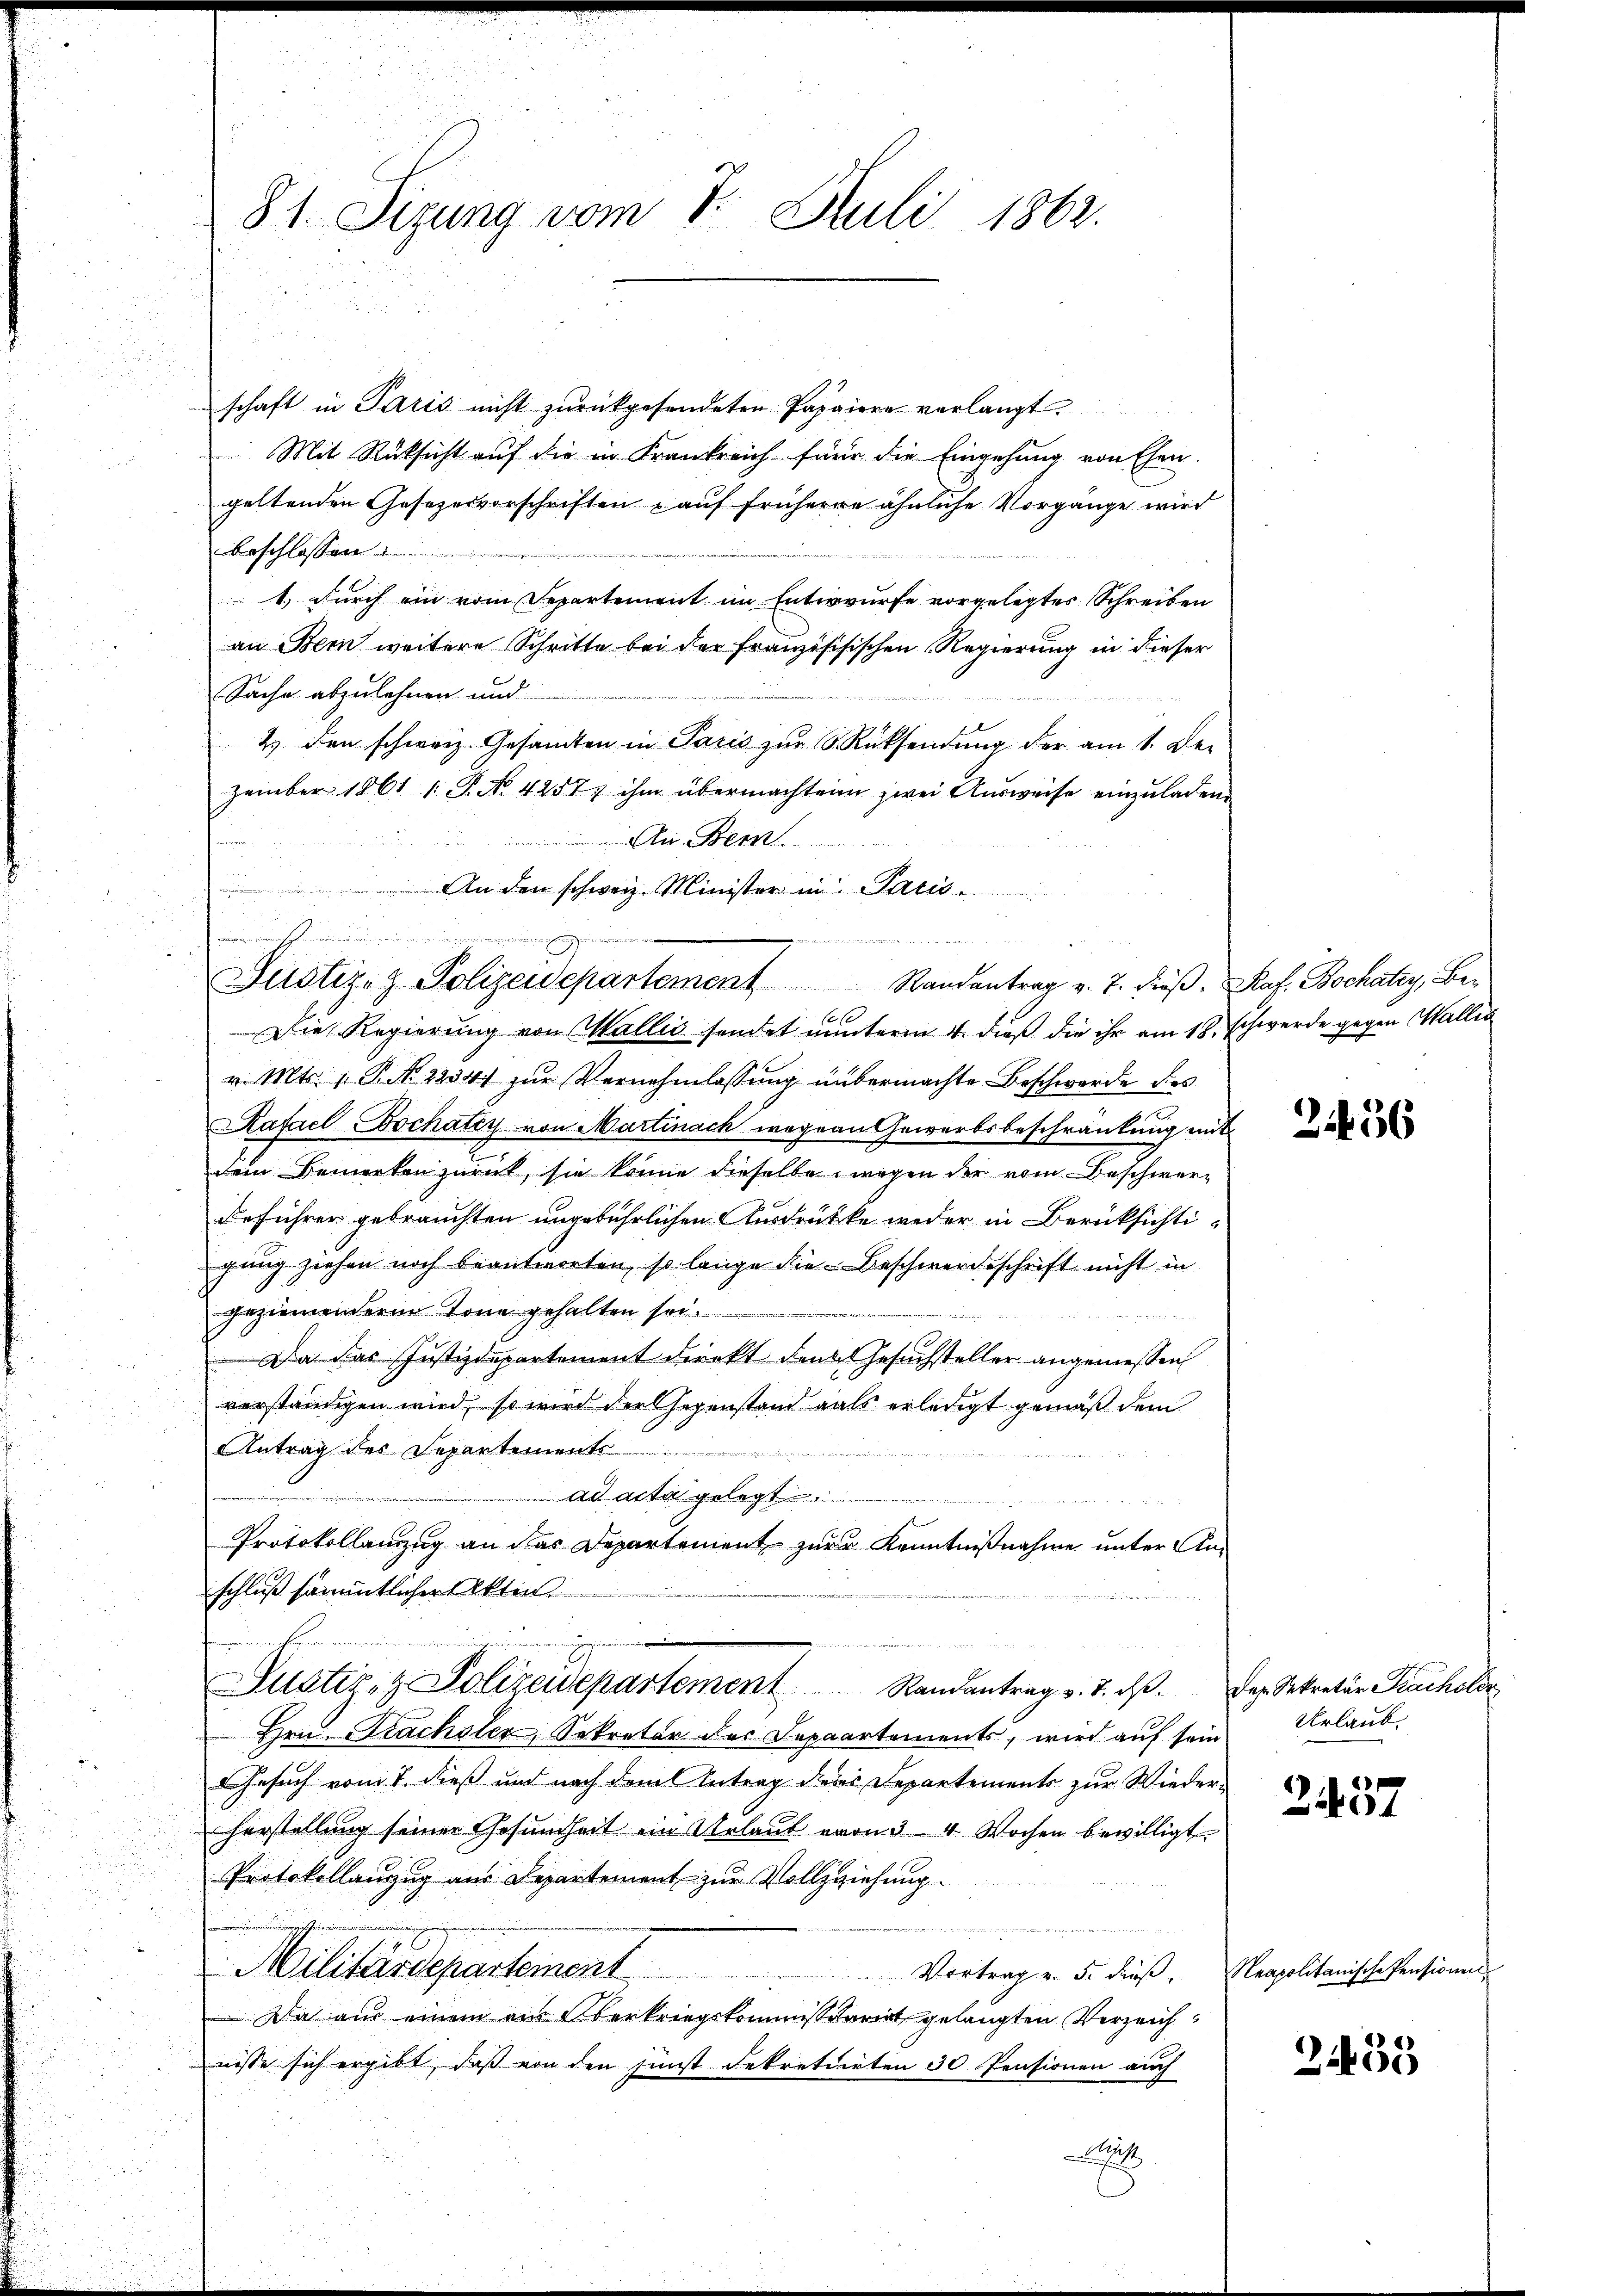
81. Sizung vom 7. Juli 1862.

schaft in Paris nicht zurückgesendeten Pappiere verlangt.
Mit Rüksicht auf die in Frankreich für die Eingehung von Ehen.
geltenden Gesezesvorschriften u auf frühere ähnliche Vorgange wird
beschlossen:
1.) Durch ein vom Separtement im Entwurfe vorgelegtes Schreiben
an Bern weitere Schritte bei der Franzischischen Regierung in dieser
Sache abzulehnen und

2) den schweiz. Gesandten in Paris zur Rücksendung der am 1. De-
zember 1861 1 S. No. 42577 ihm übermachtein zwei Ausweise einzuladen
An Bern.
u
An den schweiz. Minister in Paris.
a   der
1
.
Die Regierung von Wallić sendet munterm 4. dieß die ihr am 18. Schwerde gegen Wallis
v. Mts. 1. P. N. 2234) zŭr Vernehmlassŭng übermachte Beschwerde des
Rafael Bochatey von Martinach wegen Gewerbsbeschränkung mit
dem Bemerken zurück, sie könne dieselbe wegen der vom Beschwerdeführer gebrauchten ungebührlichen Ausdrükke weder in Berüksichtigung ziehen noch beantworten, so lange die Beschwerdeschrift nicht in
geziemendern Tone gehalten so

Da das Justizdepartement direkt den Gesuchsteller angemessen
vorständigen wird, so wird der Gegenstand als erledigt gemäß dem
Antrag des Separtements
 ad acta gelegt.
Protokollanzug an das Departement zur Kenntnißnahme unter Anschluß sämmtlicher Akten.
.
Justiz- & Polizeidepartement Randantrag v. 7. dβ. Der Sekretär Katholiz
Hrn. Prachsler, Sekretär des Depaartements, wird auf sein
Gesuch vom 7. dieß und nach dem Antrag ders Departements zur Wiederherstellung seiner Gesundheit ein Urlaut von 3–4 Wochen bewilligt.
Protokollanzug aus Departement zur Vollziehung.
.
Militärdepartement
Vortrag v. 5. dieβ. Neapolitanische Pensionen
Da aus einem aus Oberkriegskommissariat gelangten Verzeichnisse sich ergibt, daß von den sunst Dekretirten 30 Pensionen auch
i

minischen werderung
Justiz- & Polizeidepartement Randantrag v. J. dieβ. Prof. Bochatig, Be¬

2436

Urlaub.

4
2401

24435